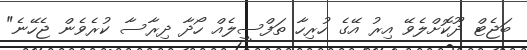
ބަޖެޓް ދޫކޮށްލެވޭ އިރު އޭގެ ހުރިހާ ތަފްސީލެއް ހޯދާ ދިރާސާ ކުރެވެން ޖެހޭނެ"